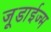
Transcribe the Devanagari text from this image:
जूडाईज्म